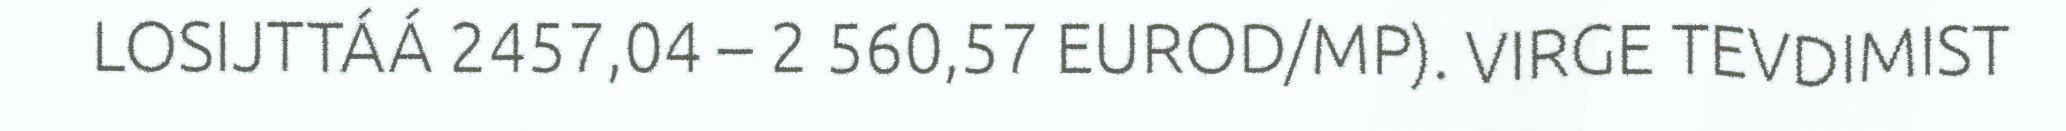
LOSIJTTÁÁ 2457,04 – 2 560,57 EUROD/MP). VIRGE TEVDIMIST